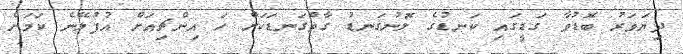
ދިޔަވަރު ބޮޑުވާ ގަޑީގައި ކަނޑުގެ ލޮނުގަނޑު ގާތްގަނޑަކަށް ހަ އިންޗިއަށް އުފުލޭނެ ކަމަށް